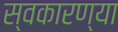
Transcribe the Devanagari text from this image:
स्वकारण्या